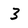
Character: 3